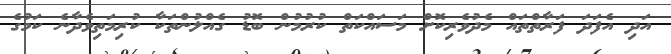
އަދި އެފަދަ ފަރާތްތައް މެދުވެރިކޮށް މަސައްކަތް ކުރުމުން ބޮޑު ގެއްލުންތަކާ ކުރިމަތިވެދާނެ ކަމުގެ